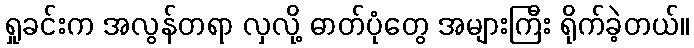
ရှုခင်းက အလွန်တရာ လှလို့ ဓာတ်ပုံတွေ အများကြီး ရိုက်ခဲ့တယ်။